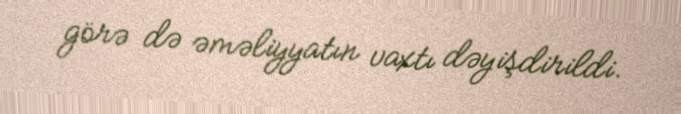
görə də əməliyyatın vaxtı dəyişdirildi.